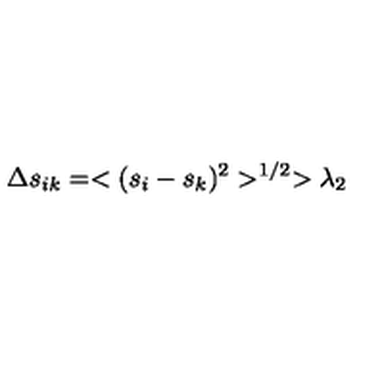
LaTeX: \Delta s _ { i k } = < ( s _ { i } - s _ { k } ) ^ { 2 } > ^ { 1 / 2 } > \lambda _ { 2 }